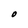
Character: O